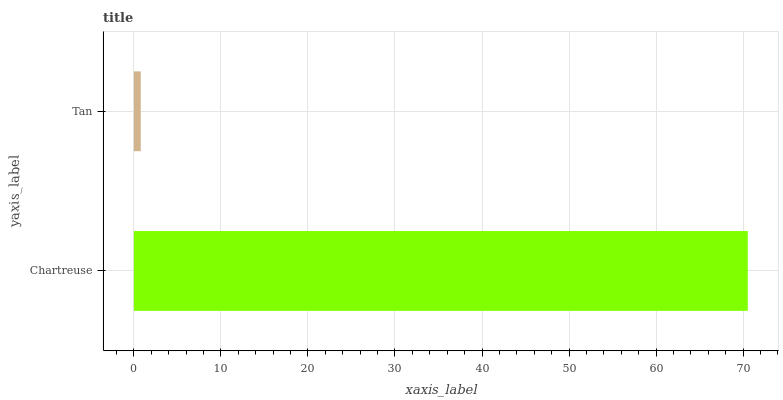
| yaxis_label | bars |
 | --- | --- |
 | Chartreuse | 70.5 |
 | Tan | 0.795 |